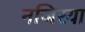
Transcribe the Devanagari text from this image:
नजिरया